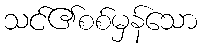
သင်၏စစ်မှန်သော